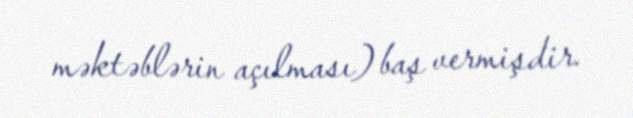
məktəblərin açılması) baş vermişdir.